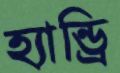
হ্যান্ড্রি